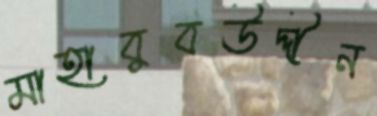
মাহাবুবউদ্দীন